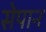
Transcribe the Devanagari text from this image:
सेपान